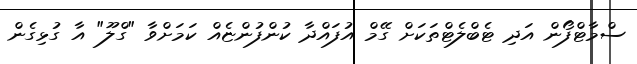
ސްމާޓްފޯން އަދި ޓެބްލެޓްތަކަށް ގޭމް އުފައްދާ ކުންފުންޏެއް ކަމަށްވާ "ގްލޫ" އާ ގުޅިގެން